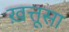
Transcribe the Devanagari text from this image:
ख़त्तूसा